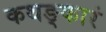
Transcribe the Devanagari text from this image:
कथङ्कारं